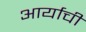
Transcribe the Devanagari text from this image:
आर्याची